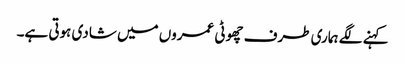
کہنے لگے ہماری طرف چھوٹی عمروں میں شادی ہوتی ہے۔